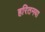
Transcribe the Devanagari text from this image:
हरितनया